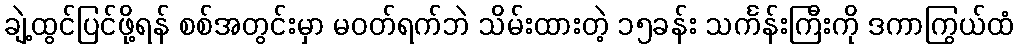
ချဲ့ထွင်ပြင်ဖို့ရန် စစ်အတွင်းမှာ မဝတ်ရက်ဘဲ သိမ်းထားတဲ့ ၁၅ခန်း သင်္ကန်းကြီးကို ဒကာကြွယ်ထံ